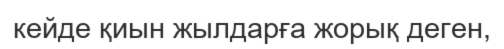
кейде қиын жылдарға жорық деген,